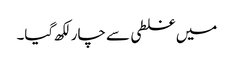
میں غلطی سے چار لکھ گیا۔